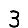
Digit: 3